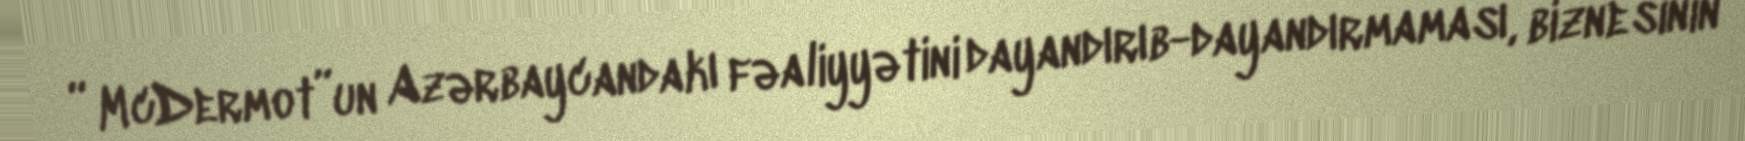
“ McDermot”un Azərbaycandakı fəaliyyətini dayandırıb-dayandırmaması, biznesinin